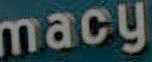
macy